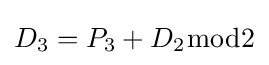
D_{3}=P_{3}+D_{2}{\bmod {2}}